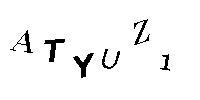
ATYUZ1